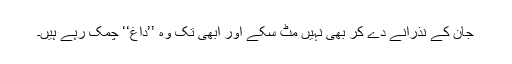
جان کے نذرانے دے کر بھی نہیں مٹ سکے اور ابھی تک وہ ’’داغ‘‘ چمک رہے ہیں۔